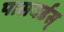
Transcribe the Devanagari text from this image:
पासवर्डस्